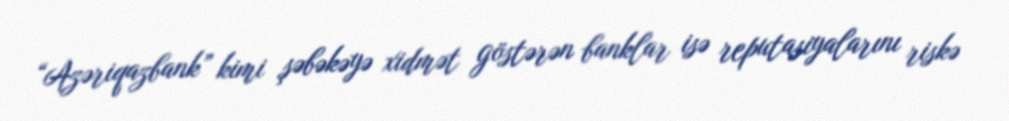
“Azəriqazbank” kimi şəbəkəyə xidmət göstərən banklar isə reputasiyalarını riskə